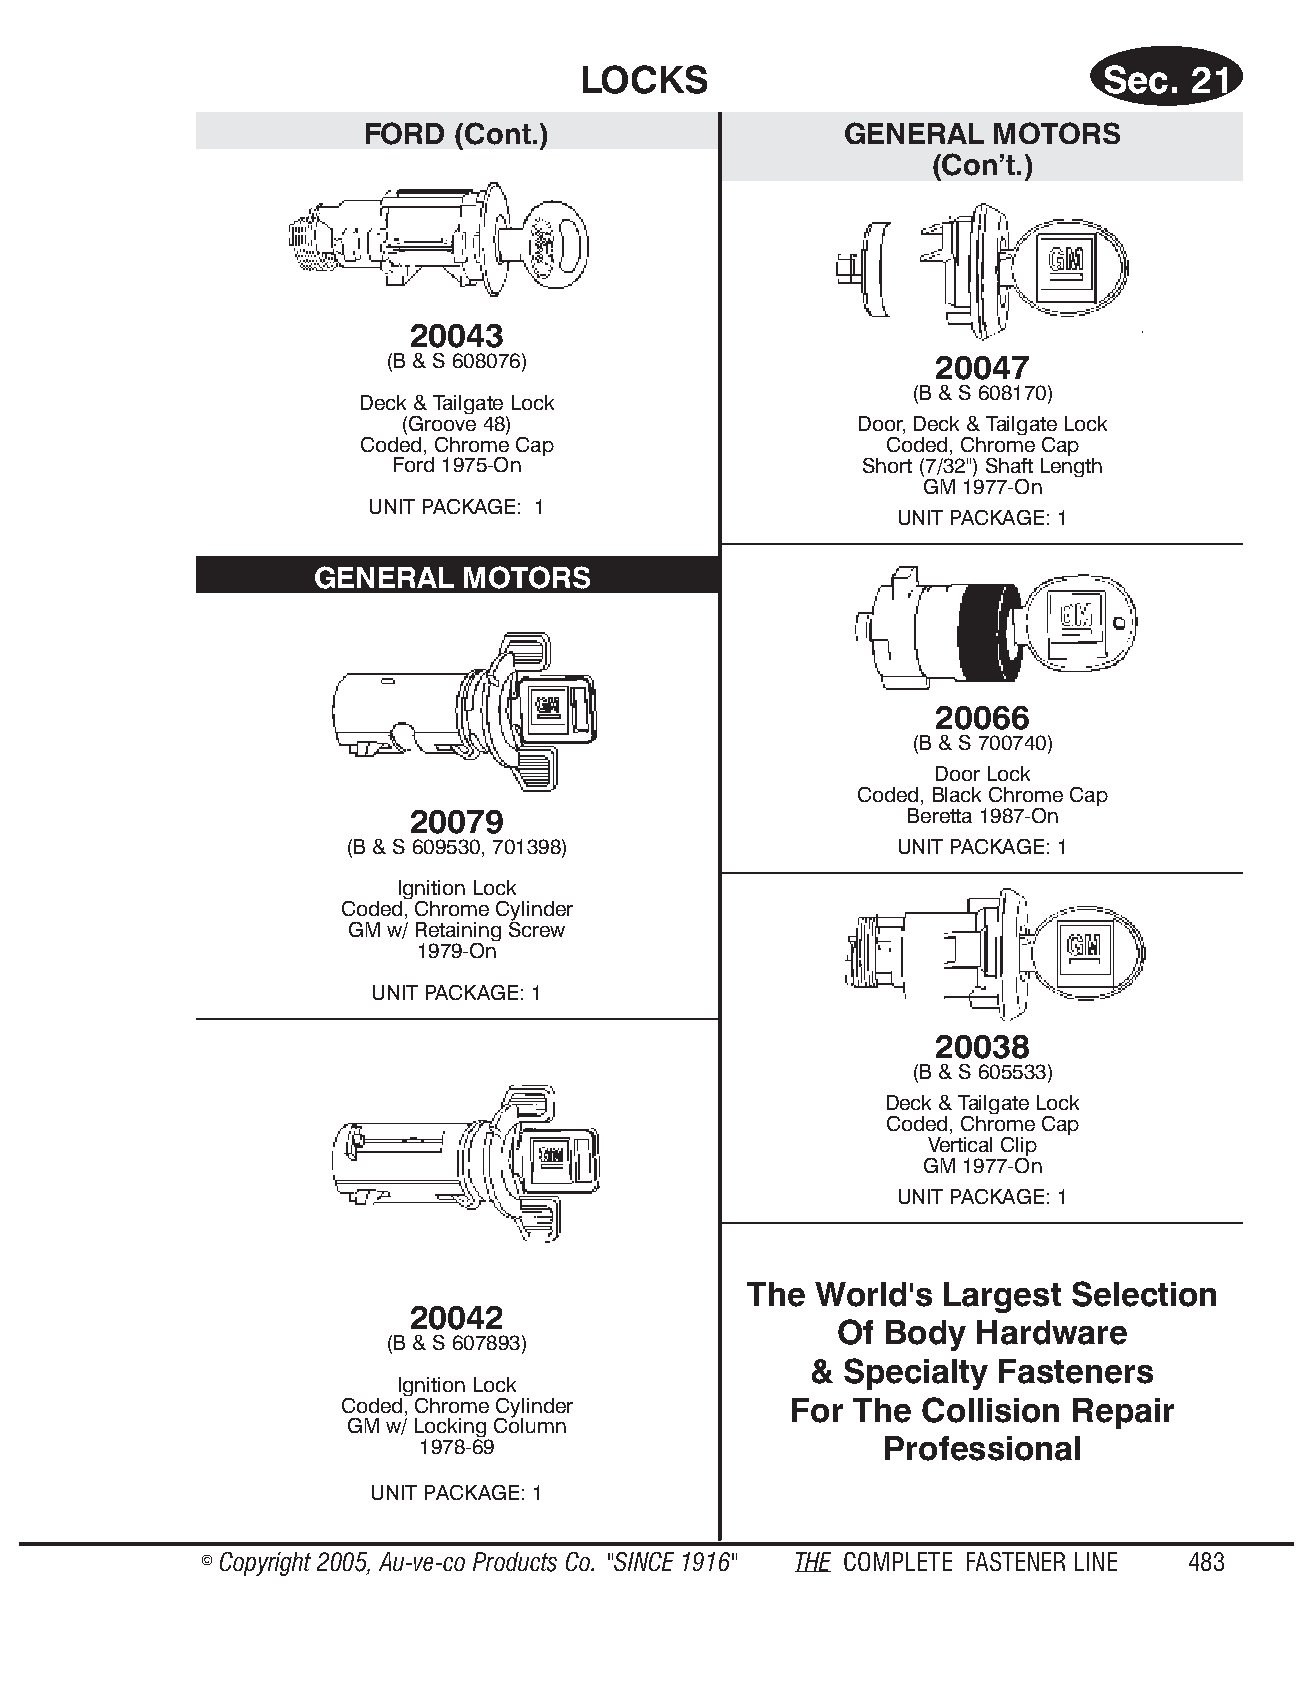
LOCKS                             Sec.  21
 FORD  (Cont.)                   GENERAL   MOTORS
 (Con’t.)
 20043
 (B & S 608076)                      20047
 (B & S 608170)
 Deck & Tailgate Lock
 (Groove 48)                   Door, Deck & Tailgate Lock
 Coded, Chrome Cap                  Coded, Chrome Cap
 Ford 1975-On                   Short (7/32") Shaft Length
 GM 1977-On
 UNIT PACKAGE: 1
 UNIT PACKAGE: 1
 GENERAL   MOTORS
 20066
 (B & S 700740)
 Door Lock
 Coded, Black Chrome Cap
 20079                            Beretta 1987-On
 (B & S 609530, 701398)               UNIT PACKAGE: 1
 Ignition Lock
 Coded, Chrome Cylinder
 GM w/ Retaining Screw
 1979-On
 UNIT PACKAGE: 1
 20038
 (B & S 605533)
 Deck & Tailgate Lock
 Coded, Chrome Cap
 Vertical Clip
 GM 1977-On
 UNIT PACKAGE: 1
 The World's  Largest Selection
 20042
 Of Body  Hardware
 (B & S 607893)
 & Specialty Fasteners
 Ignition Lock
 Coded, Chrome Cylinder        For The Collision Repair
 GM w/ Locking Column
 1978-69                        Professional
 UNIT PACKAGE: 1
 © Copyr ight 2005, Au-ve-co Prod ucts Co. "SINCE 1916" THE COM PLETE FAST ENER LINE 483